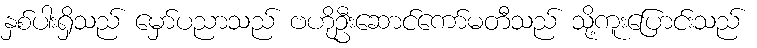
နှစ်ပါးရှိသည် မှော်ပညာသည် ဗဟိုဦးဆောင်ကော်မတီသည် သို့ကူးပြောင်းသည်